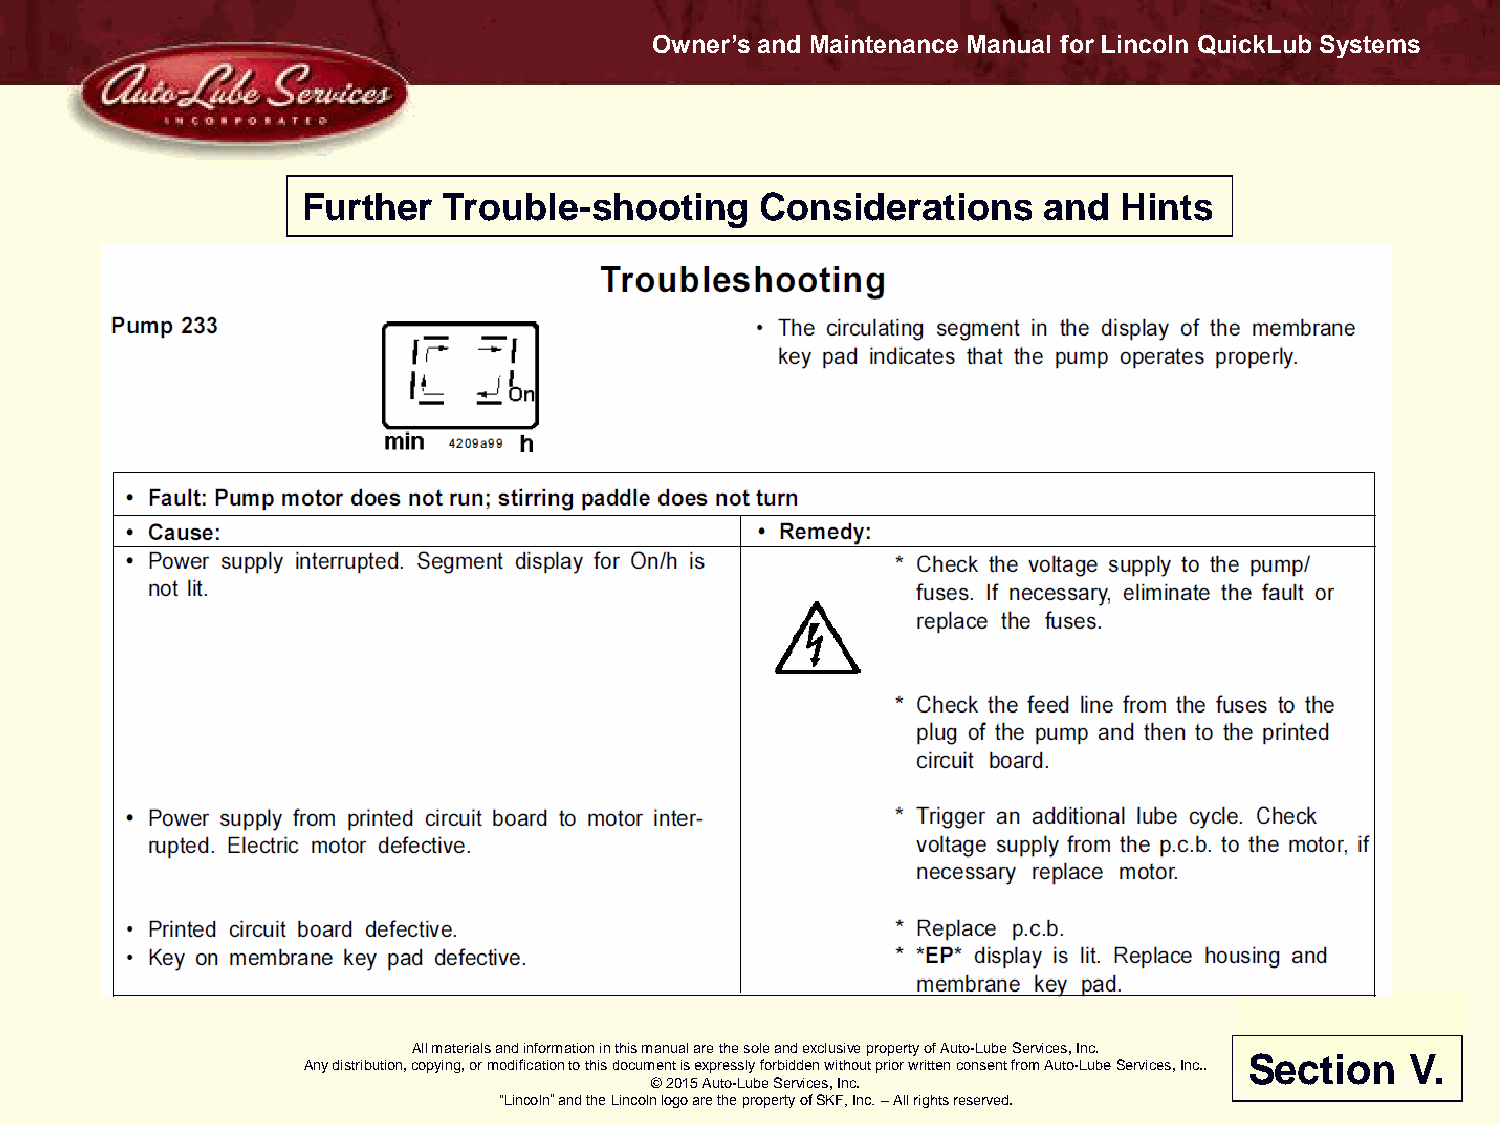
Owner’s and Maintenance Manual for Lincoln QuickLub Systems
 Further  Trouble-shooting     Considerations     and  Hints
 All materials and information in this manual are the sole and exclusive property of Auto-Lube Services, Inc.
 Section   V.
 Any distribution, copying, or modification to this document is expressly forbidden without prior written consent from Auto-Lube Services, Inc..
 © 2015 Auto-Lube Services, Inc.
 “Lincoln” and the Lincoln logo are the property of SKF, Inc. – All rights reserved.